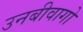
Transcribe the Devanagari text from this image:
उनबीवागो